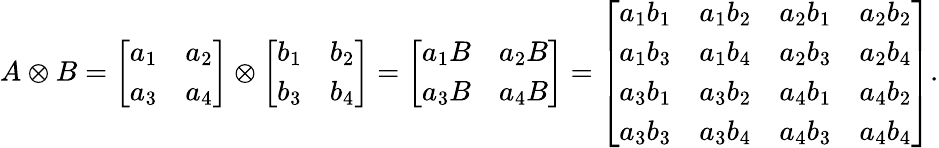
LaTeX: A\otimes B=\left[\begin{array}{ll}{a_{1}}&{a_{2}}\\ {a_{3}}&{a_{4}}\end{array}\right]\otimes\left[\begin{array}{ll}{b_{1}}&{b_{2}}\\ {b_{3}}&{b_{4}}\end{array}\right]=\left[\begin{array}{ll}{a_{1}B}&{a_{2}B}\\ {a_{3}B}&{a_{4}B}\end{array}\right]=\left[\begin{array}{llll}{a_{1}b_{1}}&{a_{1}b_{2}}&{a_{2}b_{1}}&{a_{2}b_{2}}\\ {a_{1}b_{3}}&{a_{1}b_{4}}&{a_{2}b_{3}}&{a_{2}b_{4}}\\ {a_{3}b_{1}}&{a_{3}b_{2}}&{a_{4}b_{1}}&{a_{4}b_{2}}\\ {a_{3}b_{3}}&{a_{3}b_{4}}&{a_{4}b_{3}}&{a_{4}b_{4}}\end{array}\right].